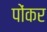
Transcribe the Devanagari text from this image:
पोंकर